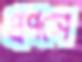
প্রপসে